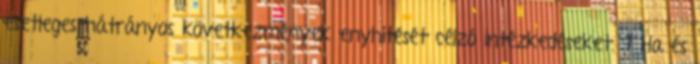
esetleges hátrányos következmények enyhítését célzó intézkedéseket. 7 Ha és